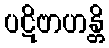
ပဋိဗာဟန္တိ